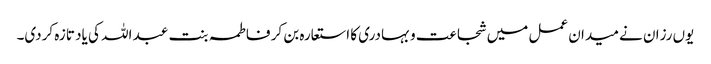
یوں رزان نے میدان عمل میں شجاعت و بہادری کا استعارہ بن کر فاطمہ بنت عبد اللہ کی یاد تازہ کردی۔